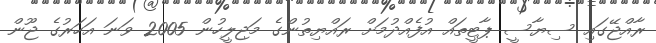
ރާއްޖޭގައި ސިޔާސީ ޕާޓީތައް އުފެއްދުމަށް ރައްޔިތުންގެ މަޖިލީހުން 2005 ވަނަ އަހަރުގެ ޖޫން